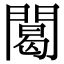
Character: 䦪